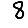
Digit: 8